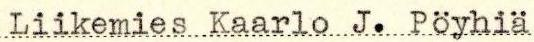
Liikemies Kaarlo J. Pöyhiä